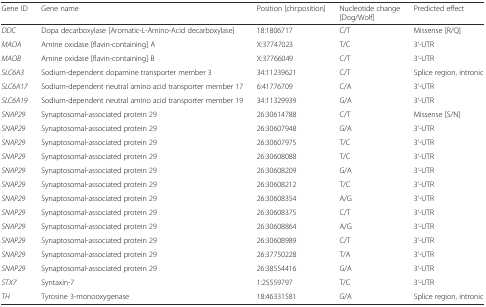
<table><thead><tr><td><b>Gene ID</b></td><td><b>Gene name</b></td><td><b>Position [chr:position]</b></td><td><b>Nucleotide change [Dog/Wolf]</b></td><td><b>Predicted effect</b></td></tr></thead><tbody><tr><td><i>DDC</i></td><td>Dopa decarboxylase [Aromatic-L-Amino-Acid decarboxylase]</td><td>18:1806717</td><td>C/T</td><td>Missense [R/Q]</td></tr><tr><td><i>MAOA</i></td><td>Amine oxidase [flavin-containing] A</td><td>X:37747023</td><td>T/C</td><td>3‘-UTR</td></tr><tr><td><i>MAOB</i></td><td>Amine oxidase [flavin-containing] B</td><td>X:37766049</td><td>C/T</td><td>3‘-UTR</td></tr><tr><td><i>SLC6A3</i></td><td>Sodium-dependent dopamine transporter member 3</td><td>34:11239621</td><td>C/T</td><td>Splice region, intronic</td></tr><tr><td><i>SLC6A17</i></td><td>Sodium-dependent neutral amino acid transporter member 17</td><td>6:41776709</td><td>C/A</td><td>3‘-UTR</td></tr><tr><td><i>SLC6A19</i></td><td>Sodium-dependent neutral amino acid transporter member 19</td><td>34:11329939</td><td>G/A</td><td>3‘-UTR</td></tr><tr><td><i>SNAP29</i></td><td>Synaptosomal-associated protein 29</td><td>26:30614788</td><td>C/T</td><td>Missense [S/N]</td></tr><tr><td><i>SNAP29</i></td><td>Synaptosomal-associated protein 29</td><td>26:30607948</td><td>G/A</td><td>3‘-UTR</td></tr><tr><td><i>SNAP29</i></td><td>Synaptosomal-associated protein 29</td><td>26:30607975</td><td>T/C</td><td>3‘-UTR</td></tr><tr><td><i>SNAP29</i></td><td>Synaptosomal-associated protein 29</td><td>26:30608088</td><td>T/C</td><td>3‘-UTR</td></tr><tr><td><i>SNAP29</i></td><td>Synaptosomal-associated protein 29</td><td>26:30608209</td><td>G/A</td><td>3‘-UTR</td></tr><tr><td><i>SNAP29</i></td><td>Synaptosomal-associated protein 29</td><td>26:30608212</td><td>T/C</td><td>3‘-UTR</td></tr><tr><td><i>SNAP29</i></td><td>Synaptosomal-associated protein 29</td><td>26:30608354</td><td>A/G</td><td>3‘-UTR</td></tr><tr><td><i>SNAP29</i></td><td>Synaptosomal-associated protein 29</td><td>26:30608375</td><td>C/T</td><td>3‘-UTR</td></tr><tr><td><i>SNAP29</i></td><td>Synaptosomal-associated protein 29</td><td>26:30608864</td><td>A/G</td><td>3‘-UTR</td></tr><tr><td><i>SNAP29</i></td><td>Synaptosomal-associated protein 29</td><td>26:30608989</td><td>C/T</td><td>3‘-UTR</td></tr><tr><td><i>SNAP29</i></td><td>Synaptosomal-associated protein 29</td><td>26:37750228</td><td>T/A</td><td>3‘-UTR</td></tr><tr><td><i>SNAP29</i></td><td>Synaptosomal-associated protein 29</td><td>26:38554416</td><td>G/A</td><td>3‘-UTR</td></tr><tr><td><i>STX7</i></td><td>Syntaxin-7</td><td>1:25559797</td><td>T/C</td><td>3‘-UTR</td></tr><tr><td><i>TH</i></td><td>Tyrosine 3-monooxygenase</td><td>18:46331581</td><td>G/A</td><td>Splice region, intronic</td></tr></tbody></table>